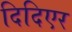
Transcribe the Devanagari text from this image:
दिदिएर